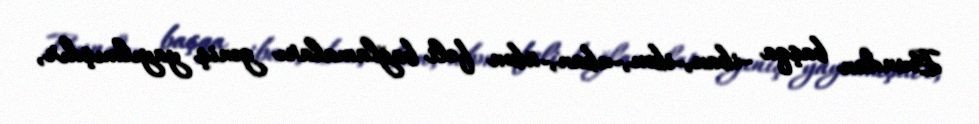
Bundan başqa -iban,-ibən,-uban,-übən feli bağlamaları geniş yayılmışdır,